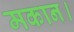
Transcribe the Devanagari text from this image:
मकान।